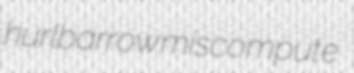
hurlbarrow miscompute